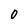
Character: 0